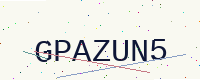
Text: GPAZUN5